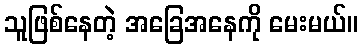
သူဖြစ်နေတဲ့ အခြေအနေကို မေးမယ်။